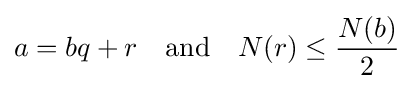
a=bq+r\quad {\text{and}}\quad N(r)\leq {\frac {N(b)}{2}}